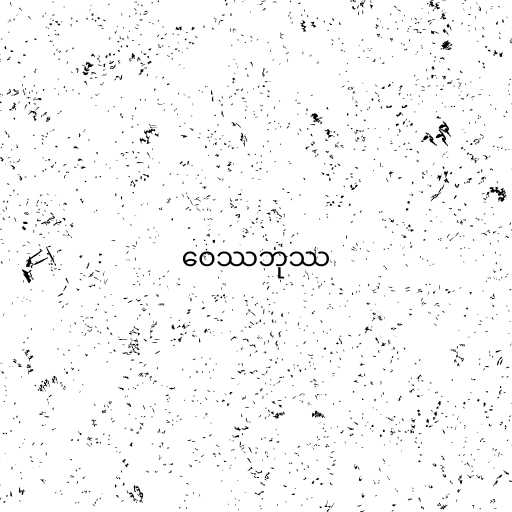
ဝေဿဘုဿ